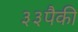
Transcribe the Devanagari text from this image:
३३पैकी